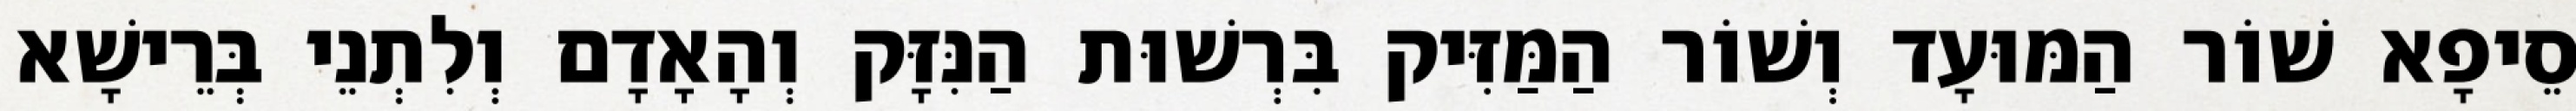
סֵיפָא שׁוֹר הַמּוּעָד וְשׁוֹר הַמַּזִּיק בִּרְשׁוּת הַנִּזָּק וְהָאָדָם וְלִתְנֵי בְּרֵישָׁא